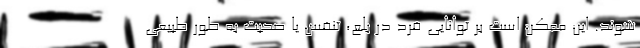
شوند. این ممکن است بر توانایی فرد در بلع، تنفس یا صحبت به طور طبیعی